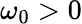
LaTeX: \omega_{0}>0